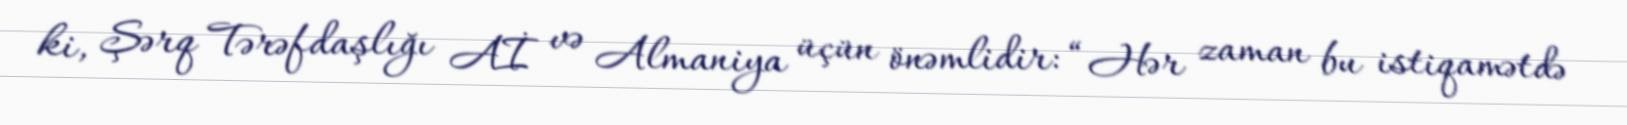
ki, Şərq Tərəfdaşlığı Aİ və Almaniya üçün önəmlidir: “Hər zaman bu istiqamətdə